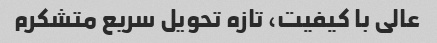
عالی با کیفیت، تازه تحویل سریع متشکرم